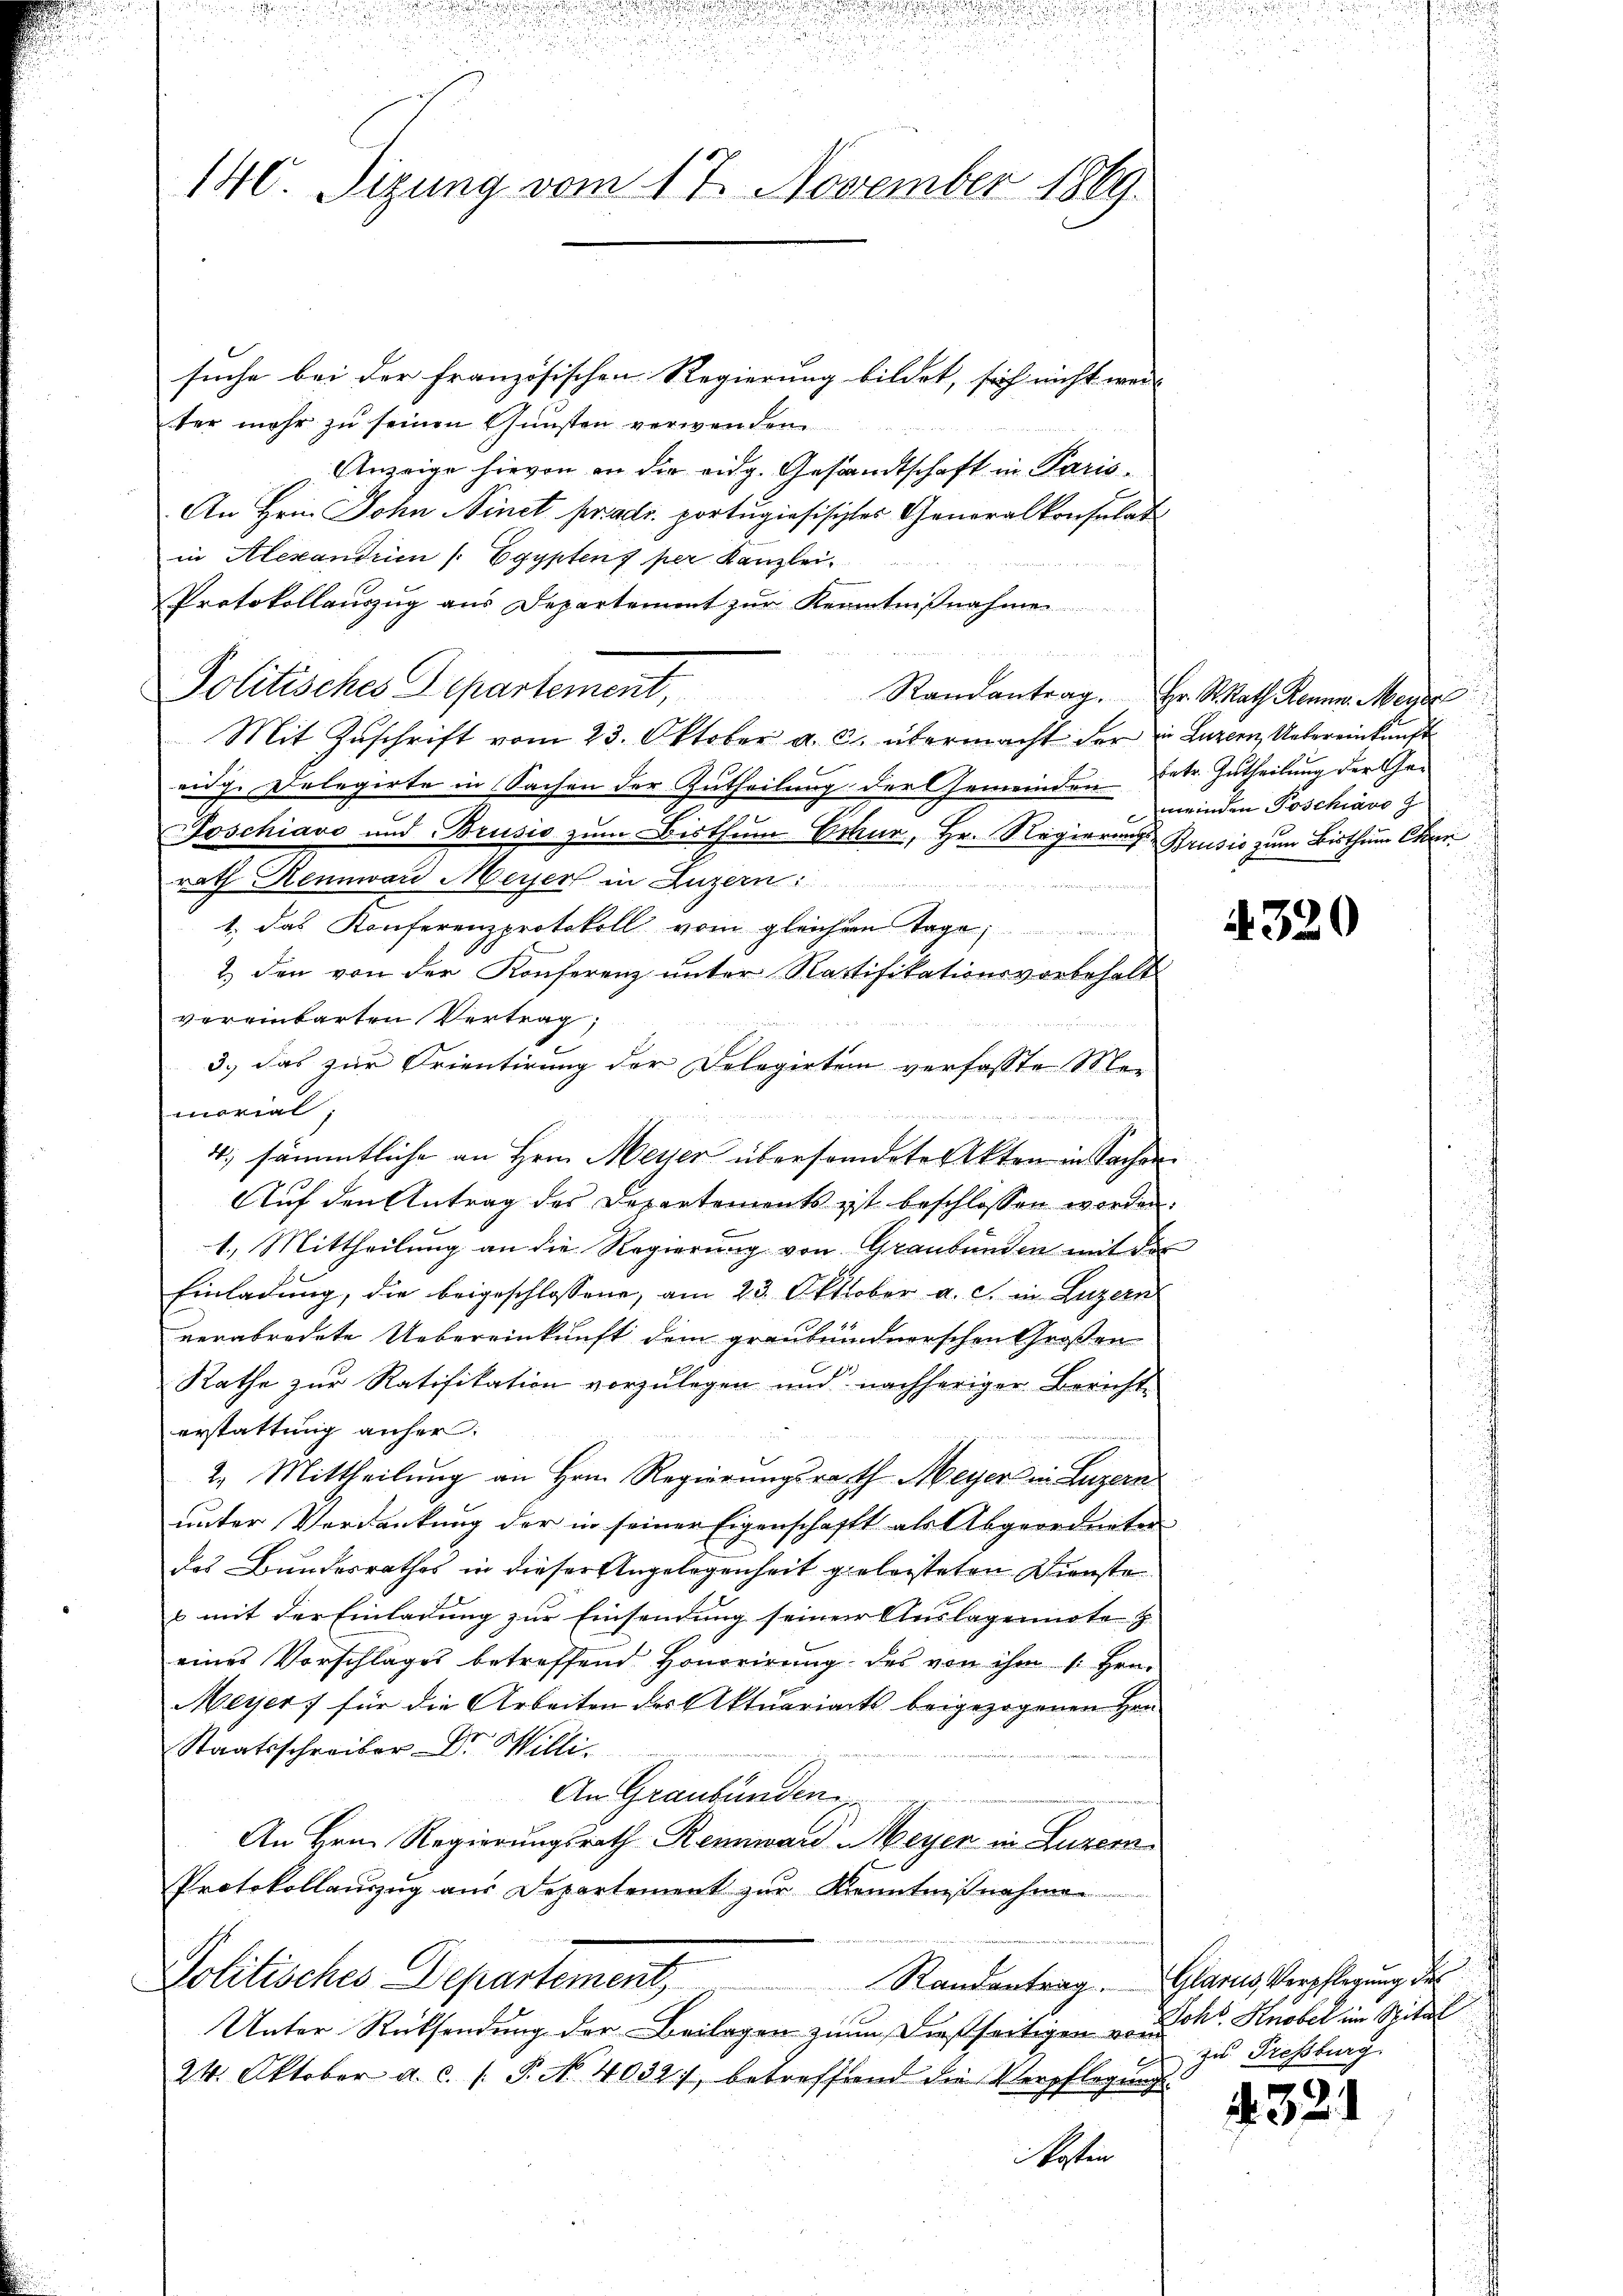
140. Sizung vom 17. November 1869.

suche bei der französischen Regierung bildet, sich nicht wei- |
ter mehr zu seinen Gunsten verwenden
Anzeige hievon an die eidg. Gesandtschaft in Paris¬
An Hrn. John Ninet prad. portugisischtes Generalkonsulat
in Alexandrien /: Egypten per Kanzlei.
Protokollauszug aus Departement zŭr Kenntniβnahme
Politisches Separtement,
Mit Zuschrift vom 23. Oktober a. c. übermacht der in Luzern Uebereinkunft
eidg. Delegirte in Sachen der Zutheilung der Gemeinden Eetr. Zutheilung der Ge¬
Poschiavo und Brusis zum Bisthum Schur, Hr. Regierungs Brusio zum Bisthum Char
rath Rennward Meyer in Luzern
1.) Das Konferenzprotokoll vom gleichen Tage,
2) den von der Konferenz unter Ratifikationsvorbehalt
vereinbarten Vertrag;

3., das zur Orientirung der Delegirten verfasste Mer
morial,
4, sämmtliche an Hrn. Meyer übersamdete Akten in Sachen.
Auf den Antrag des Departements ist beschlossen worden.
1.) Mittheilung an die Regierung von Graubünden mit der
Einladung, die beigeschlossene, am 23. Oktober a. c. in Luzern
verabredete Uebereinkunft dem graubündnerschen Großen
Rathe zur Ratifikation vorzulegen und nachheriger Berichte
erstattung anher:
2. Mittheilung an Hrn. Regierungsrath Meyer in Luzern
unter Verdankung der in seiner Eigenschafft als Abgeordneten
das Bundesrathes in dieser Angelegenheit geleisteten Dienste
s mit der Einladung zur Einsendung seiner Auslagennote &
eines Vorschlages betreffend Honorirung des von ihm 1. Hen-
Meyer, für die Arbeiten des Aktuariats beigezogenen Han
Staatsschreiber Dr. Willi
An Graubünden,
An Hrn. Regierungsrath Rennward Meyer in Luzern
Protokollauszug aus Departement zur kannten

Politisches Departement
Unter Rücksendung der Beilagen zum dießseitigen von

24. Oktober a. c. s. P. Nr. 4032, betreffend die Verpflegung
kosten

Randantrag. Hr. S. Rath Rennen. Meye
meinden Poschiavo

4320

Randantrag. Glarus, Verpflegung des
Joh. Knober im Spital
zu Grossburg.

. 321